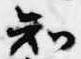
知